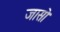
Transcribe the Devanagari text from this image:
जासो